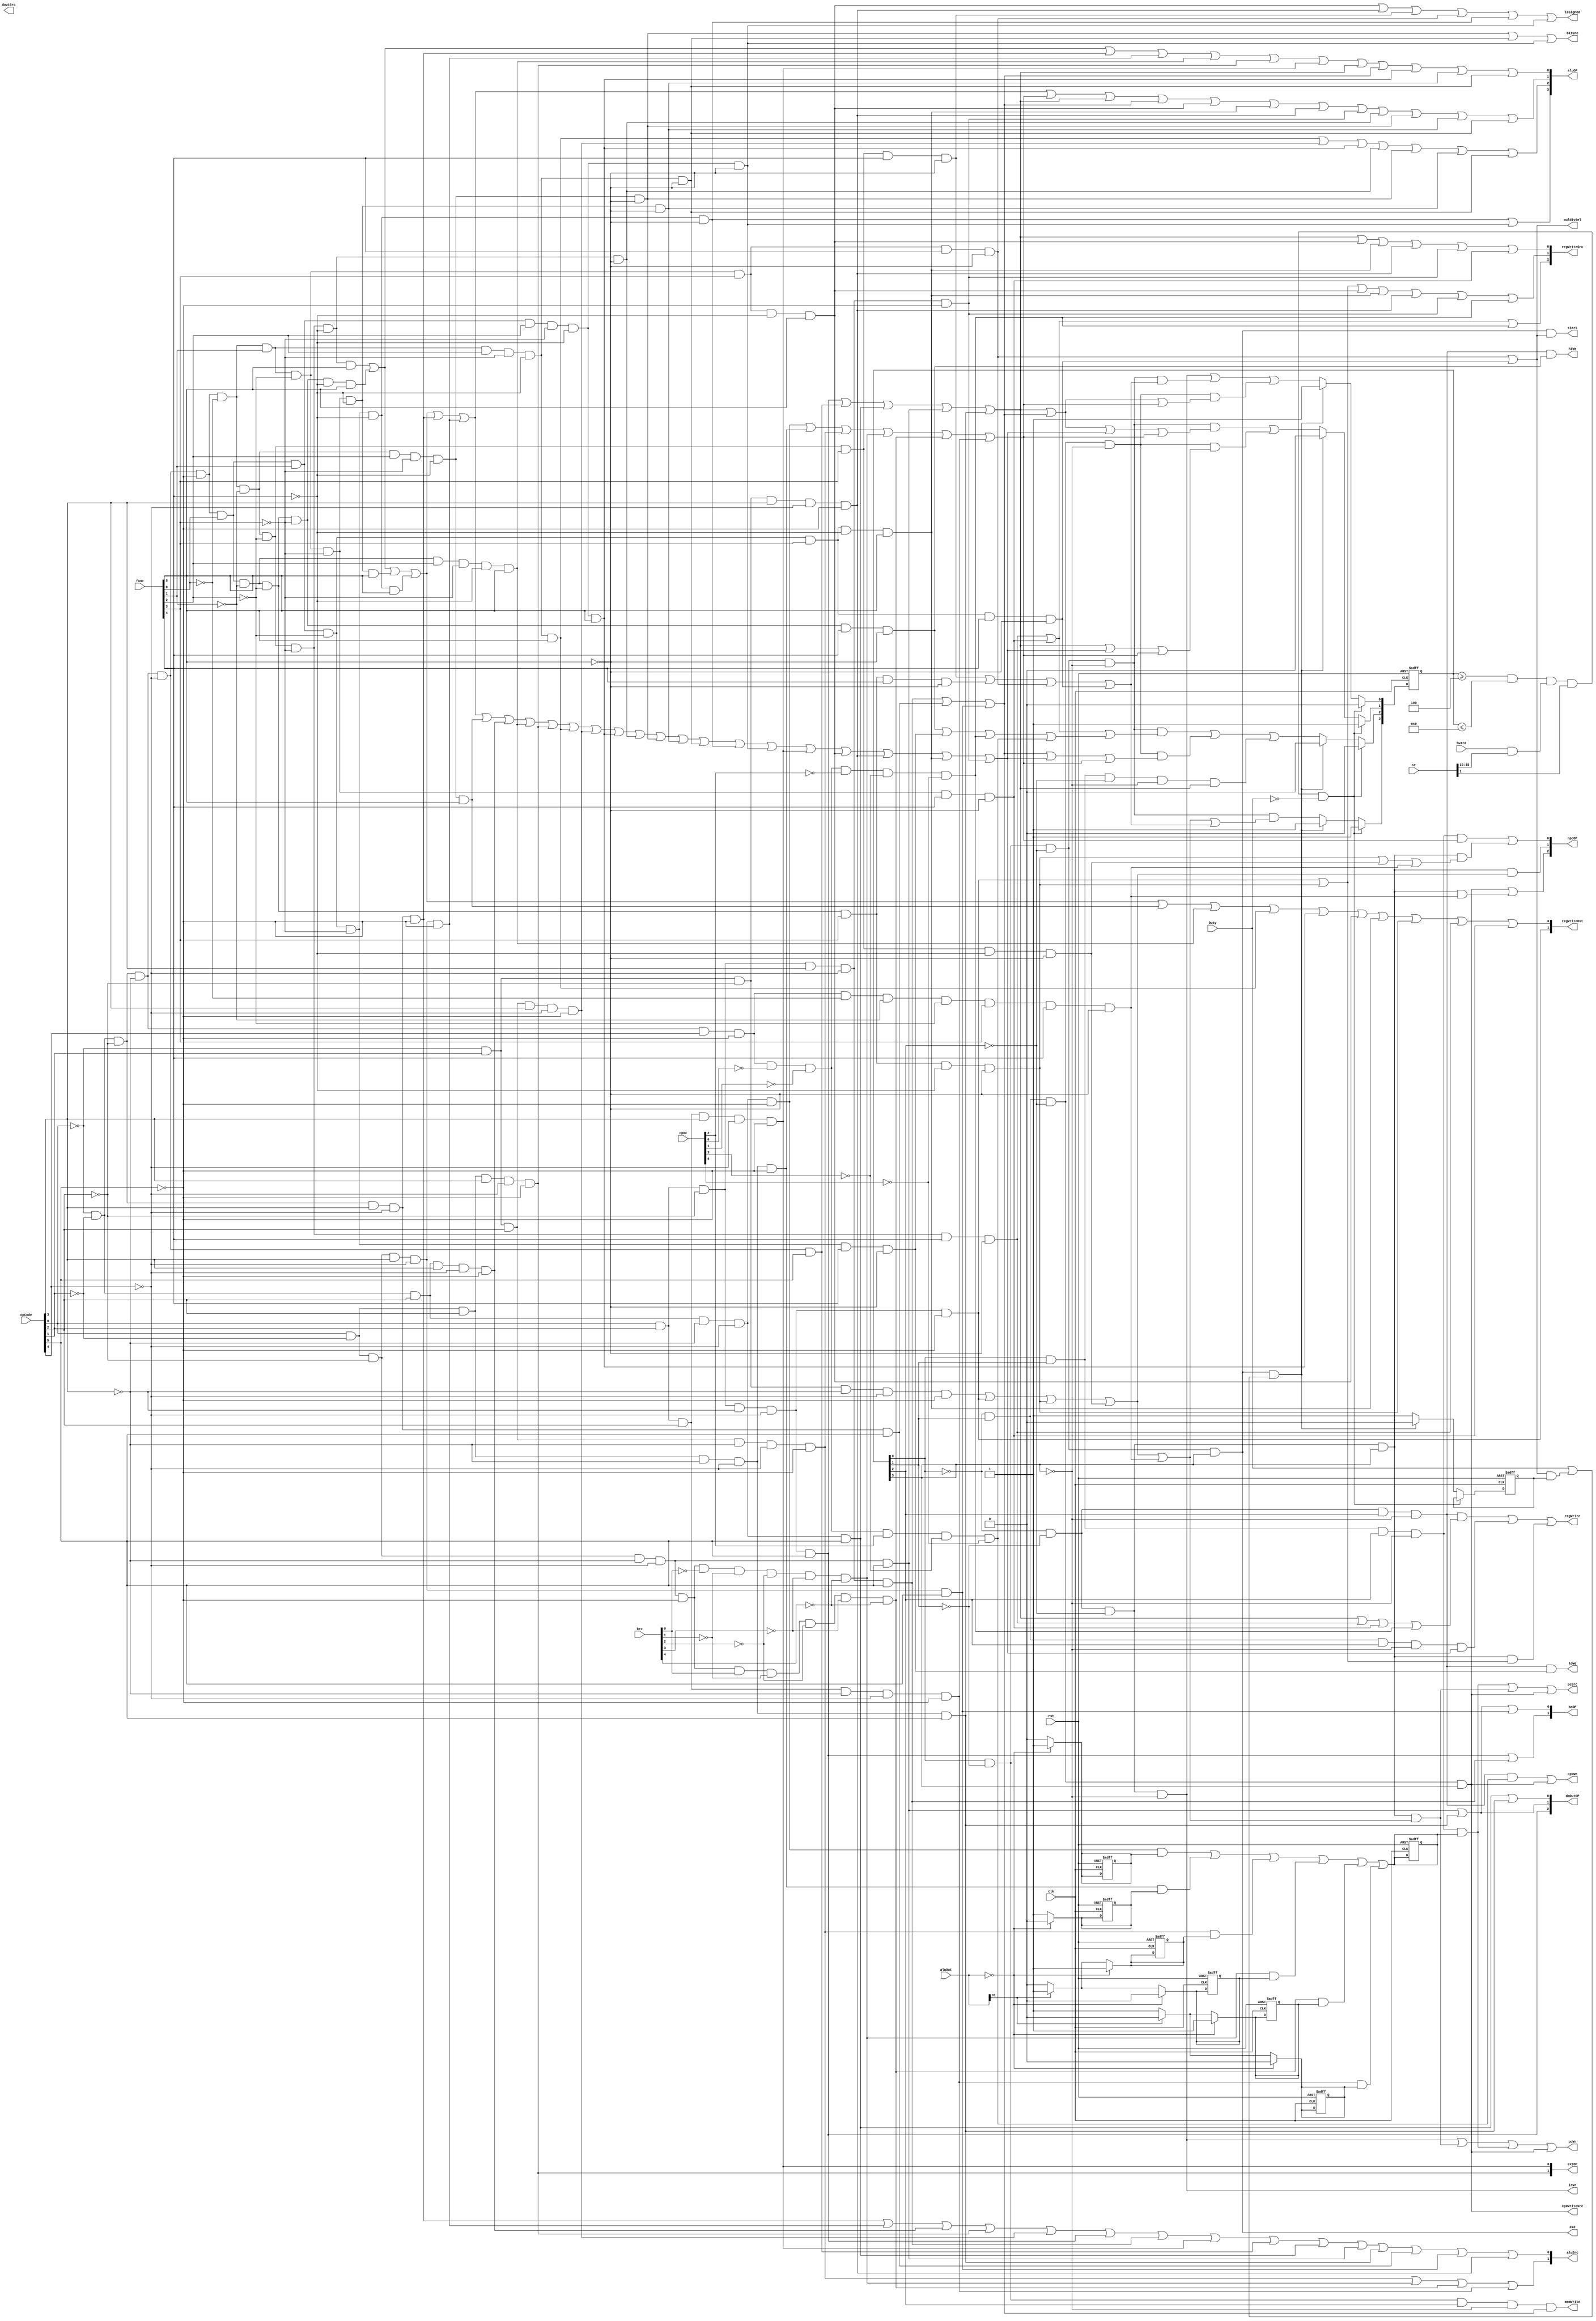
module Ctrl(
    input[5:0] opCode,input[5:0] func,input[4:0] brc,input[4:0] cp0c,
    input[31:0] aluOut,input busy,input[5:0] hwInt,input[15:0] sr,
    input clk,input rst,
    output pcWr,
    output pcSrc,
    output irWr,
    output[1:0] aluSrc,
    output bitSrc,
    output[3:0] aluOP,
    output isSigned,
    output[1:0] regWriteDst,
    output[2:0] regWriteSrc,
    output regWrite,
    output memWrite,
    output[1:0] extOP,
    output[1:0] beOP,
    output doutSrc,
    output[2:0] dmOutOP, 
    output[2:0] npcOP,
    output start,
    output muldivSel,
    output exe,
    output hiWe,
    output loWe,
    output cp0We,
    output cp0WriteSrc                                                
);
    reg[3:0] state;
    initial begin
        state=4'b0000;
    end

    wire add;
    wire addu;
    wire sub;
    wire subu;
    wire addi;
    wire addiu;
    wire andn;
    wire andi;
    wire orn;
    wire ori;
    wire xorn;
    wire xori;
    wire norn; 
    wire sll;
    wire srl;
    wire sra;
    wire sllv;
    wire srlv;
    wire srav;
    wire beq;
    wire bne;
    wire blez;
    wire bltz;
    wire bgez;
    wire bgtz;
    wire lui;
    wire slt;
    wire sltu;
    wire slti;
    wire sltiu;
    wire j;
    wire jal;
    wire jr;
    wire jalr;
    wire lw;
    wire sw;
    wire lb;
    wire lbu;
    wire lh;
    wire lhu;
    wire sb;
    wire sh;
    wire mult;
    wire multu;
    wire div;
    wire divu;
    wire mfhi;
    wire mflo;
    wire mthi;
    wire mtlo;
    wire mfc0;
    wire mtc0;
    wire eret;
    
    wire normal; //
    wire memR; //
    wire memW; //
    wire br; //
    wire jump; // 
    wire muldiv; //
    wire dirRdWr; //lo\hi

    reg beqActiv;
    reg bneActiv;
    reg blezActiv;
    reg bgtzActiv;
    reg bltzActiv;
    reg bgezActiv;

    reg brActiv;

    always @(*) begin
        if(aluOut==0) begin
            beqActiv=1'b1;
            bneActiv=1'b0;
            blezActiv=1'b1;
            bltzActiv=1'b0;
            bgezActiv=1'b1;
            bgtzActiv=1'b0;
        end
        else begin
            beqActiv=1'b0;
            bneActiv=1'b1;
            if(aluOut[31]==1'b0) begin
                blezActiv=1'b0;
                bltzActiv=1'b0;
                bgezActiv=1'b1;
                bgtzActiv=1'b1;
            end
            else begin
                blezActiv=1'b1;
                bltzActiv=1'b1;
                bgezActiv=1'b0;
                bgtzActiv=1'b0;
            end
        end

        brActiv=(beq&beqActiv)|(bne&bneActiv)|(blez&blezActiv)
               |(bltz&bltzActiv)|(bgez&bgezActiv)|(bgtz&bgtzActiv);
    end

    assign add=(~opCode[0])&(~opCode[1])
                &(~opCode[2])&(~opCode[3])
                &(~opCode[4])&(~opCode[5])
                &(~func[0])&(~func[1])
                &(~func[2])&(~func[3])
                &(~func[4])&(func[5]);
    assign addu=(~opCode[0])&(~opCode[1])
                &(~opCode[2])&(~opCode[3])
                &(~opCode[4])&(~opCode[5])
                &(func[0])&(~func[1])
                &(~func[2])&(~func[3])
                &(~func[4])&(func[5]);
    assign sub=(~opCode[0])&(~opCode[1])
                &(~opCode[2])&(~opCode[3])
                &(~opCode[4])&(~opCode[5])
                &(~func[0])&(func[1])
                &(~func[2])&(~func[3])
                &(~func[4])&(func[5]);
    assign subu=(~opCode[0])&(~opCode[1])
                &(~opCode[2])&(~opCode[3])
                &(~opCode[4])&(~opCode[5])
                &(func[0])&(func[1])
                &(~func[2])&(~func[3])
                &(~func[4])&(func[5]);
    assign addi=(~opCode[0])&(~opCode[1])
                &(~opCode[2])&(opCode[3])
                &(~opCode[4])&(~opCode[5]);
    assign addiu=(opCode[0])&(~opCode[1])
                &(~opCode[2])&(opCode[3])
                &(~opCode[4])&(~opCode[5]);
    assign andn=(~opCode[0])&(~opCode[1])
                &(~opCode[2])&(~opCode[3])
                &(~opCode[4])&(~opCode[5])
                &(~func[0])&(~func[1])
                &(func[2])&(~func[3])
                &(~func[4])&(func[5]);
    assign andi=(~opCode[0])&(~opCode[1])
                &(opCode[2])&(opCode[3])
                &(~opCode[4])&(~opCode[5]);
    assign orn=(~opCode[0])&(~opCode[1])
                &(~opCode[2])&(~opCode[3])
                &(~opCode[4])&(~opCode[5])
                &(func[0])&(~func[1])
                &(func[2])&(~func[3])
                &(~func[4])&(func[5]);
    assign ori=(opCode[0])&(~opCode[1])
                &(opCode[2])&(opCode[3])
                &(~opCode[4])&(~opCode[5]);
    assign xorn=(~opCode[0])&(~opCode[1])
                &(~opCode[2])&(~opCode[3])
                &(~opCode[4])&(~opCode[5])
                &(~func[0])&(func[1])
                &(func[2])&(~func[3])
                &(~func[4])&(func[5]);
    assign xori=(~opCode[0])&(opCode[1])
                &(opCode[2])&(opCode[3])
                &(~opCode[4])&(~opCode[5]);
    assign norn=(~opCode[0])&(~opCode[1])
                &(~opCode[2])&(~opCode[3])
                &(~opCode[4])&(~opCode[5])
                &(func[0])&(func[1])
                &(func[2])&(~func[3])
                &(~func[4])&(func[5]);
    assign sll=(~opCode[0])&(~opCode[1])
                &(~opCode[2])&(~opCode[3])
                &(~opCode[4])&(~opCode[5])
                &(~func[0])&(~func[1])
                &(~func[2])&(~func[3])
                &(~func[4])&(~func[5]);
    assign sllv=(~opCode[0])&(~opCode[1])
                &(~opCode[2])&(~opCode[3])
                &(~opCode[4])&(~opCode[5])
                &(~func[0])&(~func[1])
                &(func[2])&(~func[3])
                &(~func[4])&(~func[5]);
    assign srl=(~opCode[0])&(~opCode[1])
                &(~opCode[2])&(~opCode[3])
                &(~opCode[4])&(~opCode[5])
                &(~func[0])&(func[1])
                &(~func[2])&(~func[3])
                &(~func[4])&(~func[5]);
    assign srlv=(~opCode[0])&(~opCode[1])
                &(~opCode[2])&(~opCode[3])
                &(~opCode[4])&(~opCode[5])
                &(~func[0])&(func[1])
                &(func[2])&(~func[3])
                &(~func[4])&(~func[5]);
    assign sra=(~opCode[0])&(~opCode[1])
                &(~opCode[2])&(~opCode[3])
                &(~opCode[4])&(~opCode[5])
                &(func[0])&(func[1])
                &(~func[2])&(~func[3])
                &(~func[4])&(~func[5]);
    
    
    assign srav=(~opCode[0])&(~opCode[1])
                &(~opCode[2])&(~opCode[3])
                &(~opCode[4])&(~opCode[5])
                &(func[0])&(func[1])
                &(func[2])&(~func[3])
                &(~func[4])&(~func[5]);
    assign beq=(~opCode[0])&(~opCode[1])
                &(opCode[2])&(~opCode[3])
                &(~opCode[4])&(~opCode[5]);
    assign bne=(opCode[0])&(~opCode[1])
                &(opCode[2])&(~opCode[3])
                &(~opCode[4])&(~opCode[5]);
    assign blez=(~opCode[0])&(opCode[1])
                &(opCode[2])&(~opCode[3])
                &(~opCode[4])&(~opCode[5]);
    assign bltz=(opCode[0])&(~opCode[1])
                &(~opCode[2])&(~opCode[3])
                &(~opCode[4])&(~opCode[5])
                &(~brc[0])&(~brc[1])&(~brc[2])
                &(~brc[3])&(~brc[4]);
    assign bgez=(opCode[0])&(~opCode[1])
                &(~opCode[2])&(~opCode[3])
                &(~opCode[4])&(~opCode[5])
                &(brc[0])&(~brc[1])&(~brc[2])
                &(~brc[3])&(~brc[4]);
    assign bgtz=(opCode[0])&(opCode[1])
                &(opCode[2])&(~opCode[3])
                &(~opCode[4])&(~opCode[5]);
    assign lui=(opCode[0])&(opCode[1])
                &(opCode[2])&(opCode[3])
                &(~opCode[4])&(~opCode[5]);
    assign slt=(~opCode[0])&(~opCode[1])
                &(~opCode[2])&(~opCode[3])
                &(~opCode[4])&(~opCode[5])
                &(~func[0])&(func[1])
                &(~func[2])&(func[3])
                &(~func[4])&(func[5]);
    assign sltu=(~opCode[0])&(~opCode[1])
                &(~opCode[2])&(~opCode[3])
                &(~opCode[4])&(~opCode[5])
                &(func[0])&(func[1])
                &(~func[2])&(func[3])
                &(~func[4])&(func[5]);
    assign slti=(~opCode[0])&(opCode[1])
                &(~opCode[2])&(opCode[3])
                &(~opCode[4])&(~opCode[5]);
    assign sltiu=(opCode[0])&(opCode[1])
                &(~opCode[2])&(opCode[3])
                &(~opCode[4])&(~opCode[5]);
    assign j=(~opCode[0])&(opCode[1])
                &(~opCode[2])&(~opCode[3])
                &(~opCode[4])&(~opCode[5]);
    assign jal=(opCode[0])&(opCode[1])
                &(~opCode[2])&(~opCode[3])
                &(~opCode[4])&(~opCode[5]);
    assign jalr=(~opCode[0])&(~opCode[1])
                &(~opCode[2])&(~opCode[3])
                &(~opCode[4])&(~opCode[5])
                &(func[0])&(~func[1])
                &(~func[2])&(func[3])
                &(~func[4])&(~func[5]);;
    assign jr=(~opCode[0])&(~opCode[1])
                &(~opCode[2])&(~opCode[3])
                &(~opCode[4])&(~opCode[5])
                &(~func[0])&(~func[1])
                &(~func[2])&(func[3])
                &(~func[4])&(~func[5]);
    assign lw=(opCode[0])&(opCode[1])
                &(~opCode[2])&(~opCode[3])
                &(~opCode[4])&(opCode[5]);
    assign sw=(opCode[0])&(opCode[1])
                &(~opCode[2])&(opCode[3])
                &(~opCode[4])&(opCode[5]);
    assign lb=(~opCode[0])&(~opCode[1])
                &(~opCode[2])&(~opCode[3])
                &(~opCode[4])&(opCode[5]);
    assign lbu=(~opCode[0])&(~opCode[1])
                &(opCode[2])&(~opCode[3])
                &(~opCode[4])&(opCode[5]);
    assign lh=(opCode[0])&(~opCode[1])
                &(~opCode[2])&(~opCode[3])
                &(~opCode[4])&(opCode[5]);
    assign lhu=(opCode[0])&(~opCode[1])
                &(opCode[2])&(~opCode[3])
                &(~opCode[4])&(opCode[5]);
    assign sb=(~opCode[0])&(~opCode[1])
                &(~opCode[2])&(opCode[3])
                &(~opCode[4])&(opCode[5]);
    assign sh=(opCode[0])&(~opCode[1])
                &(~opCode[2])&(opCode[3])
                &(~opCode[4])&(opCode[5]);
    assign mult=(~opCode[0])&(~opCode[1])
                &(~opCode[2])&(~opCode[3])
                &(~opCode[4])&(~opCode[5])
                &(~func[0])&(~func[1])
                &(~func[2])&(func[3])
                &(func[4])&(~func[5]);
    assign multu=(~opCode[0])&(~opCode[1])
                &(~opCode[2])&(~opCode[3])
                &(~opCode[4])&(~opCode[5])
                &(func[0])&(~func[1])
                &(~func[2])&(func[3])
                &(func[4])&(~func[5]);
    assign div=(~opCode[0])&(~opCode[1])
                &(~opCode[2])&(~opCode[3])
                &(~opCode[4])&(~opCode[5])
                &(~func[0])&(func[1])
                &(~func[2])&(func[3])
                &(func[4])&(~func[5]);
    assign divu=(~opCode[0])&(~opCode[1])
                &(~opCode[2])&(~opCode[3])
                &(~opCode[4])&(~opCode[5])
                &(func[0])&(func[1])
                &(~func[2])&(func[3])
                &(func[4])&(~func[5]);
    assign mfhi=(~opCode[0])&(~opCode[1])
                &(~opCode[2])&(~opCode[3])
                &(~opCode[4])&(~opCode[5])
                &(~func[0])&(~func[1])
                &(~func[2])&(~func[3])
                &(func[4])&(~func[5]);
    assign mflo=(~opCode[0])&(~opCode[1])
                &(~opCode[2])&(~opCode[3])
                &(~opCode[4])&(~opCode[5])
                &(~func[0])&(func[1])
                &(~func[2])&(~func[3])
                &(func[4])&(~func[5]);
    assign mthi=(~opCode[0])&(~opCode[1])
                &(~opCode[2])&(~opCode[3])
                &(~opCode[4])&(~opCode[5])
                &(func[0])&(~func[1])
                &(~func[2])&(~func[3])
                &(func[4])&(~func[5]);
    assign mtlo=(~opCode[0])&(~opCode[1])
                &(~opCode[2])&(~opCode[3])
                &(~opCode[4])&(~opCode[5])
                &(func[0])&(func[1])
                &(~func[2])&(~func[3])
                &(func[4])&(~func[5]);
    assign mfc0=(~opCode[0])&(~opCode[1])
                &(~opCode[2])&(~opCode[3])
                &(opCode[4])&(~opCode[5])
                &(~cp0c[0])&(~cp0c[1])
                &(~cp0c[2])&(~cp0c[3])
                &(~cp0c[4]);
    assign mtc0=(~opCode[0])&(~opCode[1])
                &(~opCode[2])&(~opCode[3])
                &(opCode[4])&(~opCode[5])
                &(~cp0c[0])&(~cp0c[1])
                &(cp0c[2])&(~cp0c[3])
                &(~cp0c[4]);
    assign eret=(~opCode[0])&(~opCode[1])
                &(~opCode[2])&(~opCode[3])
                &(opCode[4])&(~opCode[5])
                &(~func[0])&(~func[1])
                &(~func[2])&(func[3])
                &(func[4])&(~func[5]);
    
    assign normal=add|addu|sub|subu|addi|addiu|andn|andi|orn|ori|xorn|xori|norn
                 |sll|sllv|srl|srlv|sra|srav|lui|slt|slti|sltu|sltiu;
    assign memR=lw|lb|lbu|lh|lhu;
    assign memW=sw|sb|sh;
    assign br=beq|bne|blez|bltz|bgez|bgtz;
    assign jump=j|jal|jalr|jr|eret;
    assign muldiv=mult|multu|div|divu;
    assign dirRdWr=mfhi|mflo||mthi|mtlo|mfc0|mtc0;

    wire s0=(~state[0])&(~state[1])&(~state[2])&(~state[3]); //
    wire s1=(state[0])&(~state[1])&(~state[2])&(~state[3]); //
    wire s2=(~state[0])&(state[1])&(~state[2])&(~state[3]); //ALU
    wire s3=(state[0])&(state[1])&(~state[2])&(~state[3]); //
    wire s4=(~state[0])&(~state[1])&(state[2])&(~state[3]); //
    wire s5=(state[0])&(~state[1])&(state[2])&(~state[3]); //
    wire s6=(~state[0])&(state[1])&(state[2])&(~state[3]); //ALU
    wire s7=(state[0])&(state[1])&(state[2])&(~state[3]); //
    wire s8=(~state[0])&(~state[1])&(~state[2])&(state[3]); //
    wire s9=(state[0])&(~state[1])&(~state[2])&(state[3]); //
    wire s10=(~state[0])&(state[1])&(~state[2])&(state[3]); //

    assign pcWr=s0|(s8&(jump))|(s7&brActiv)|s10;
    assign pcSrc=(s7&brActiv)|(s8&jump)|s10;
    assign irWr=s0;
    assign cmpSrc=br;
    assign aluSrc[0]=addi|addiu|andi|ori|xori|lw|sw|lui|lb|lbu|lh|lhu|sb|sh|slti;
    assign aluSrc[1]=blez|bltz|bgez|bgtz;
    assign bitSrc=sllv|srlv|srav;
    assign aluOP[0]=add|addu|addi|addiu|orn|ori|lui|memR|memW|norn|srl|srlv;
    assign aluOP[1]=add|addu|sub|subu|addi|addiu|br|memR|memW|slt|sltu|slti|sltiu|sll|sllv|srl|srlv;
    assign aluOP[2]=xorn|xori|norn|sll|sllv|srl|srlv;
    assign aluOP[3]=sra|srav;
    assign isSigned=slt|slti|mult|div|sra|srav;
    assign regWriteDst[0]=add|addu|sub|subu|andn|orn|xorn|norn|slt|sltu|jalr|mfhi|mflo;
    assign regWriteDst[1]=jal;
    assign regWriteSrc[0]=lw|lb|lbu|lh|lhu|slt|sltu|slti|sltiu|mflo;
    assign regWriteSrc[1]=jal|jalr|slt|sltu|slti|sltiu|mfc0;
    assign regWriteSrc[2]=mfhi|mflo|mfc0;
    assign regWrite=(s4&(memR|mfhi|mflo|mfc0))|(s6&normal)|(s8&(jal|jalr));
    assign memWrite=s5&memW;
    assign extOP[0]=lui;
    assign extOP[1]=ori;
    assign beOP[0]=lh|lhu|sh;
    assign beOP[1]=lw|sw;
    assign dmOutOP[0]=lbu|lhu;
    assign dmOutOP[1]=lh|lhu;
    assign dmOutOP[2]=lw;
    assign npcOP[0]=(s7&br)|(s8&(jalr|jr|eret));
    assign npcOP[1]=s8&(j|jal|jalr|jr);
    assign npcOP[2]=s10|(s8&eret);
    assign start=s9&(div|divu);
    assign muldivSel=div|divu;
    assign exe=s9;
    assign hiWe=s4&mthi;
    assign loWe=s4&mtlo;
    assign cp0We=(s4&mtc0)|s10;
    assign cp0WriteSrc=s10;

    reg divStartReg;

    always @(posedge clk or posedge rst) begin
        if(rst) begin
            state<=4'b0000;

            beqActiv<=1'b0;
            bneActiv<=1'b0;
            blezActiv<=1'b0;
            bltzActiv<=1'b0;
            bgezActiv<=1'b0;
            bgtzActiv<=1'b0;

            brActiv<=1'b0;

            divStartReg<=1'b0;
        end
        else if(state>=4 && state<=9 && (hwInt&sr[15:10]) && sr[1] && ~busy) begin
            state<=4'b1010;
        end
        else if(s9&(busy|((div|divu)&divStartReg))) begin
            state<=4'b1001;
            if(divStartReg) begin
                divStartReg<=1'b0;
            end
        end
        else begin
            state[0]<=s0|(s1&muldiv)|(s2&(memR|memW|br));
            state[1]<=(s1&(memR|memW|normal|br))|(s2&(memR|normal|br));
            state[2]<=(s1&dirRdWr)|(s2&(memW|normal|br))|(s3&memR);
            state[3]<=s1&(jump|muldiv);
            divStartReg<=1'b1;
        end
        
    end
    

endmodule